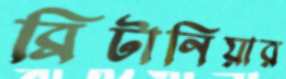
ব্রিটানিয়ার